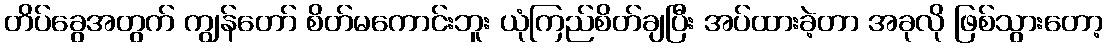
တိပ်ခွေအတွက် ကျွန်တော် စိတ်မကောင်းဘူး ယုံကြည်စိတ်ချပြီး အပ်ထားခဲ့တာ အခုလို ဖြစ်သွားတော့